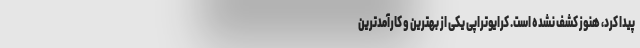
پیدا کرد، هنوز کشف نشده است. کرایوتراپی یکی از بهترین و کارآمدترین